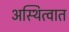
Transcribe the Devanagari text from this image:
अस्थित्वात